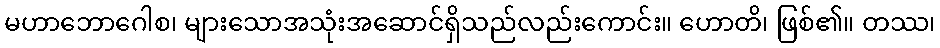
မဟာဘောဂေါစ၊ များသောအသုံးအဆောင်ရှိသည်လည်းကောင်း။ ဟောတိ၊ ဖြစ်၏။ တဿ၊